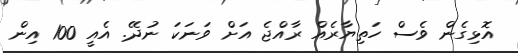
އޮޅިގެން ވެސް ހަތިޔާރެއް ރާއްޖެ އަށް ވަނަކަ ނުދޭ. އެއީ 100 އިން